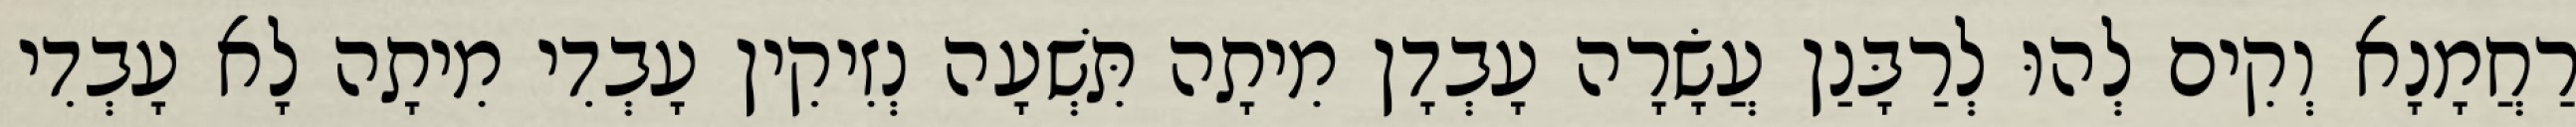
רַחֲמָנָא וְקִים לְהוּ לְרַבָּנַן עֲשָׂרָה עָבְדָן מִיתָה תִּשְׁעָה נְזִיקִין עָבְדִי מִיתָה לָא עָבְדִי